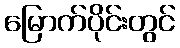
မြောက်ပိုင်းတွင်